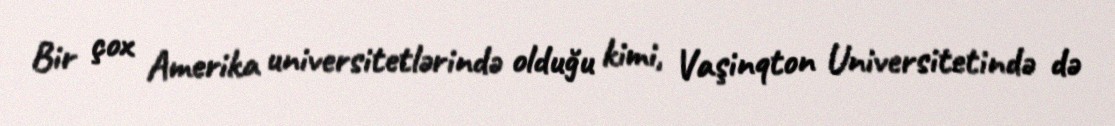
Bir çox Amerika universitetlərində olduğu kimi, Vaşinqton Universitetində də